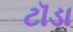
ટૉડા